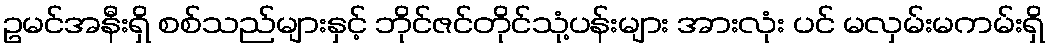
ဥမင်အနီးရှိ စစ်သည်များနှင့် ဘိုင်ဇင်တိုင်သုံ့ပန်းများ အားလုံး ပင် မလှမ်းမကမ်းရှိ